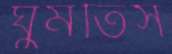
ঘুমতিস